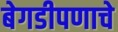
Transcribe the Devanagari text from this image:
बेगडीपणाचे